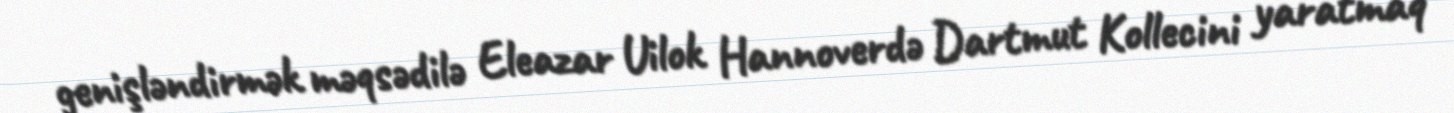
genişləndirmək məqsədilə Eleazar Uilok Hannoverdə Dartmut Kollecini yaratmaq